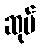
ဆုပ်